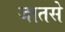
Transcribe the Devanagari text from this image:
जातसे